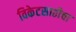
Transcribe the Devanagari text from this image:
विकेटसाठीचा